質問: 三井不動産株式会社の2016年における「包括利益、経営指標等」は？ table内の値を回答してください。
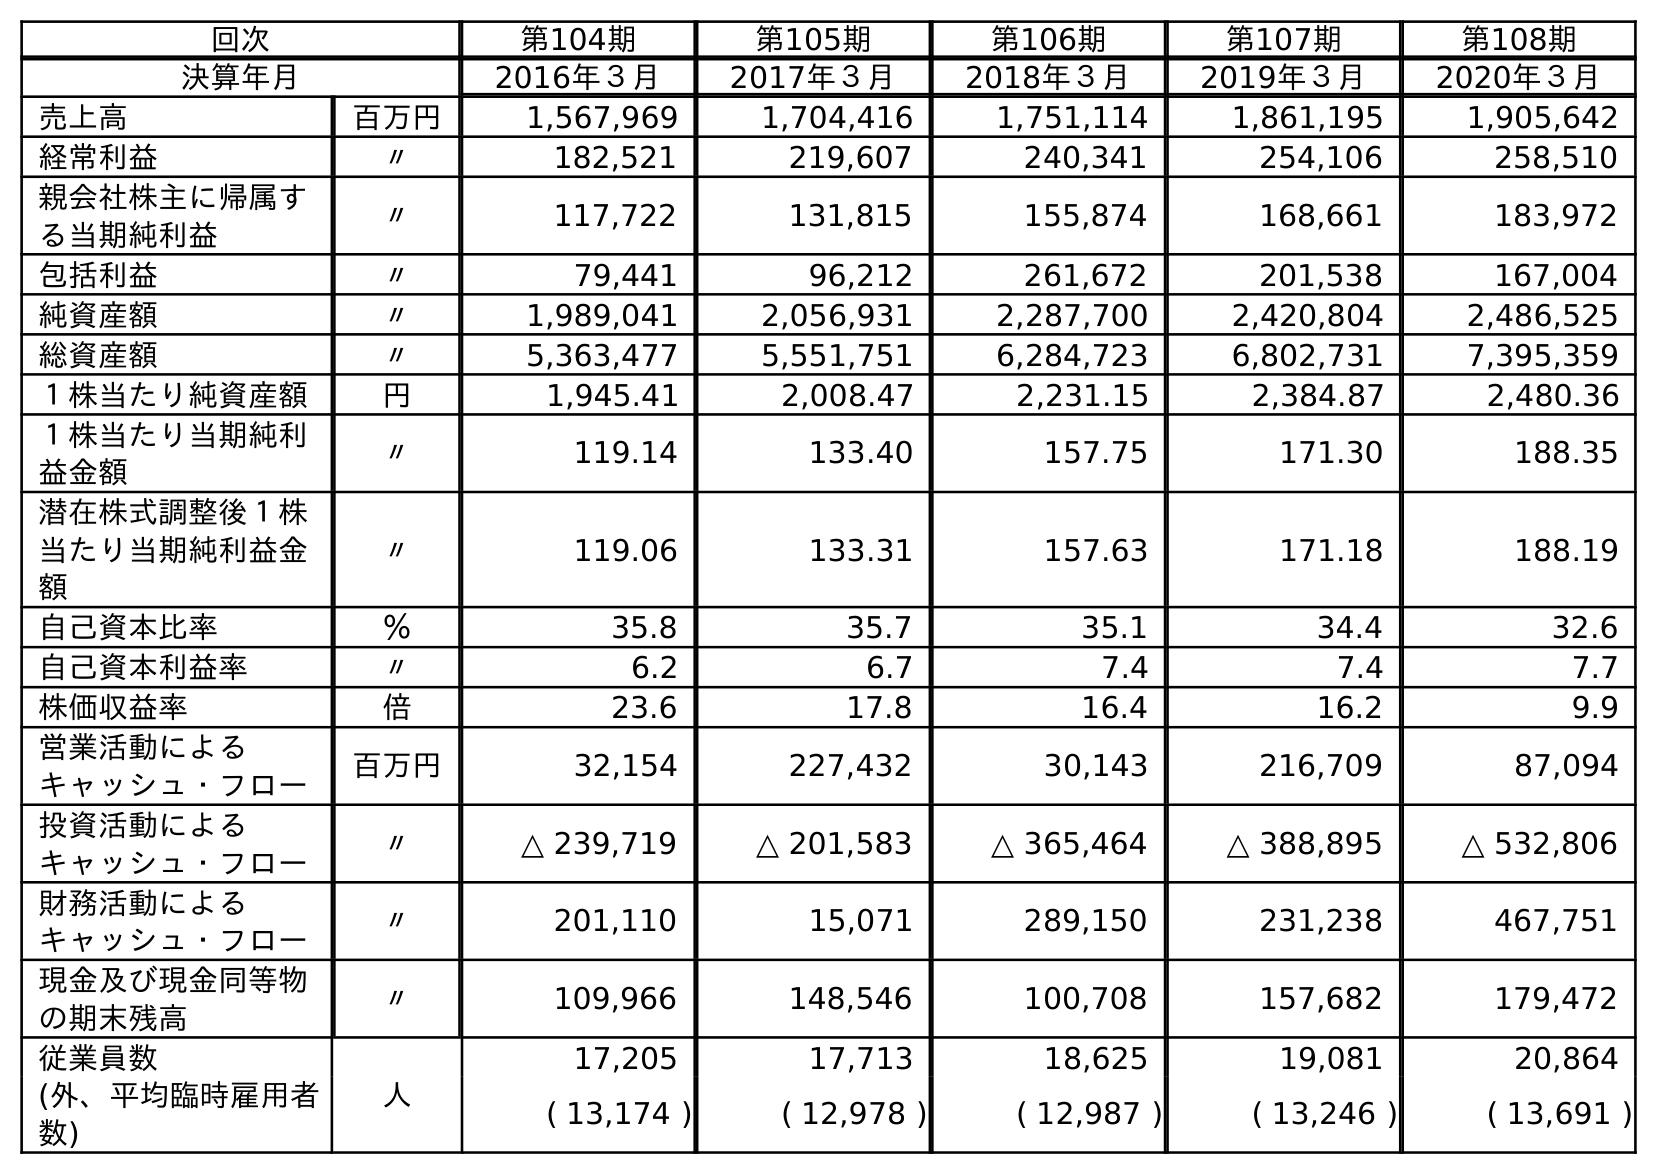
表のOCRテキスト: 回次 第104期 第105期 第106期 第107期 第108期 決算年月 2016年３月 2017年３月 2018年３月 2019年３月 2020年３月 売上高 百万円 1,567,969 1,704,416 1,751,114 1,861,195 1,905,642 経常利益 〃 182,521 219,607 240,341 254,106 258,510 親会社株主に帰属す る当期純利益 〃 117,722 131,815 155,874 168,661 183,972 包括利益 〃 79,441 96,212 261,672 201,538 167,004 純資産額 〃 1,989,041 2,056,931 2,287,700 2,420,804 2,486,525 総資産額 〃 5,363,477 5,551,751 6,284,723 6,802,731 7,395,359 １株当たり純資産額 円 1,945.41 2,008.47 2,231.15 2,384.87 2,480.36 １株当たり当期純利 益金額 〃 119.14 133.40 157.75 171.30 188.35 潜在株式調整後１株 当たり当期純利益金 額 〃 119.06 133.31 157.63 171.18 188.19 自己資本比率 ％ 35.8 35.7 35.1 34.4 32.6 自己資本利益率 〃 6.2 6.7 7.4 7.4 7.7 株価収益率 倍 23.6 17.8 16.4 16.2 9.9 営業活動による キャッシュ・フロー 百万円 32,154 227,432 30,143 216,709 87,094 投資活動による キャッシュ・フロー 〃 △ 239,719 △ 201,583 △ 365,464 △ 388,895 △ 532,806 財務活動による キャッシュ・フロー 〃 201,110 15,071 289,150 231,238 467,751 現金及び現金同等物 の期末残高 〃 109,966 148,546 100,708 157,682 179,472 従業員数 人 17,205 17,713 18,625 19,081 20,864 (外、平均臨時雇用者 数) ( 13,174 ) ( 12,978 ) ( 12,987 ) ( 13,246 ) ( 13,691 )
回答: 79,441